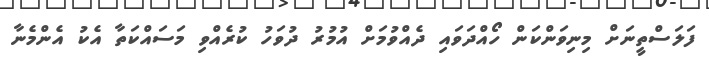
ފަލަސްތީނަށް މިނިވަންކަން ހޯއްދަވައި ދެއްވުމަށް އުމުރު ދުވަހު ކުރެއްވި މަސައްކަތާ އެކު އެންމެނާ